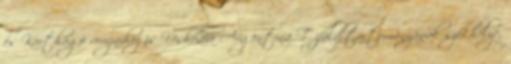
és Karthágó romjaihoz is Ushuaia Argentína Tűzföld tartományának székhelye,